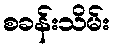
စခန်းသိမ်း